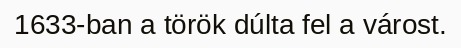
1633-ban a török dúlta fel a várost.